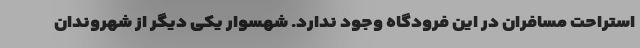
استراحت مسافران در این فرودگاه وجود ندارد. شهسوار یکی دیگر از شهروندان